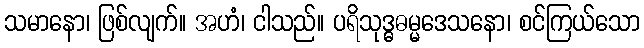
သမာနော၊ ဖြစ်လျက်။ အဟံ၊ ငါသည်။ ပရိသုဒ္ဓဓမ္မဒေသနော၊ စင်ကြယ်သော